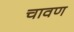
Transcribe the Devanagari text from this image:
चावण